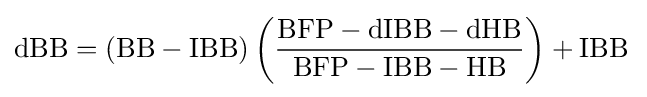
{\rm {{dBB=(BB-IBB)\left({\frac {BFP-dIBB-dHB}{BFP-IBB-HB}}\right)+IBB}\,}}